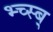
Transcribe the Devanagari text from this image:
भ्च्स्ब्